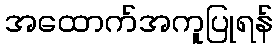
အထောက်အကူပြုရန်